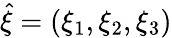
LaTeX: \hat{\xi}=(\xi_{1},\xi_{2},\xi_{3})